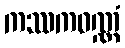
ကဿကဝဏ္ဏံ